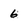
Character: 6